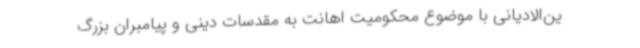
ین‌الادیانی با موضوع محکومیت اهانت به مقدسات دینی و پیامبران بزرگ